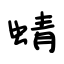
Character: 蜻